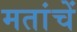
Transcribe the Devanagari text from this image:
मतांचें